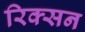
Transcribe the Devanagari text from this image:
रिक्सन